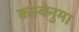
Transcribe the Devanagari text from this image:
कस्बेनुमा